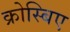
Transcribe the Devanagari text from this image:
क्रोस्बिए